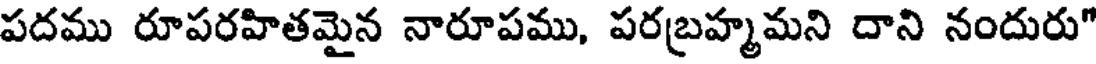
పదము రూపరహితమైన నారూపము, పరబ్రహ్మమని దాని నందురు"